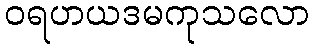
ဝရဟယဒမကုသလော